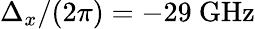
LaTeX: \Delta_{x}/(2\pi)=-29\ \mathrm{GHz}